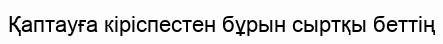
Қаптауға кіріспестен бұрын сыртқы беттің